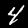
Label: 4